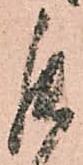
罷